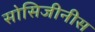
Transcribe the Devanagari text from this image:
सोसिजीनीस